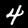
Label: 4